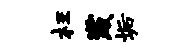
枉崴垢